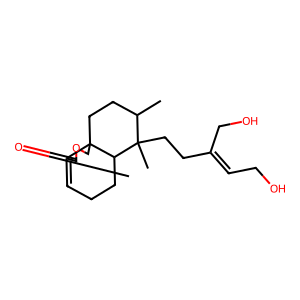
SMILES: CC1CCC23COC(=O)C2=CCCC3C1(C)CCC(=CCO)CO
Inhibits HIV replication: No